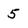
Character: 5